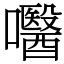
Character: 𡄵